Vaccination in Bombay 1874-1876 - 1874-1876
Year: 1874
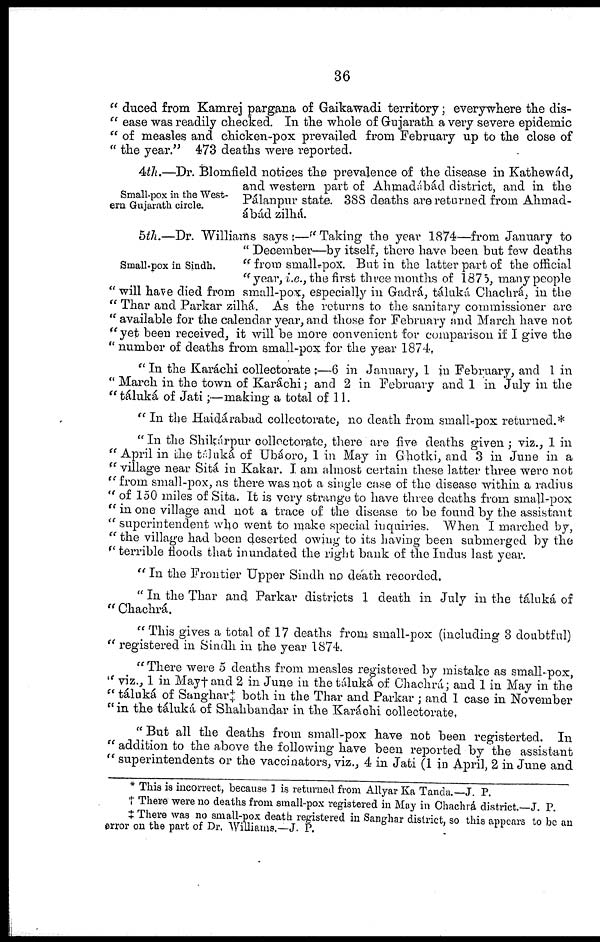
36
" duced from Kamrej pargana of Gaikawadi territory; everywhere the dis¬
" ease was readily checked. In the whole of Gujarath a very severe epidemic
" of measles and chicken-pox prevailed from February up to the close of
" the year." 473 deaths were reported.
Small-pox in the West-
ern Gujarath circle.
4th.—Dr. Blomfield notices the prevalence of the disease in Kathewád,
and western part of Ahmadábád district, and in the
Pálanpur state. 388 deaths are returned from Ahmad¬
ábád zilhá.
Small-pox in Sindh.
5th.—Dr. Williams says :—" Taking the year 1874—from January to
" December—by itself, there have been but few deaths
" from small-pox. But in the latter part of the official
" year, i.e., the first three months of 1875, many people
" will have died from small-pox, especially in Gadrá, táluká Chachrá, in the
" Thar and Parkar zilhá. As the returns to the sanitary commissioner are
" available for the calendar year, and those for February and March have not
"yet been received, it will be more convenient for comparison if I give the
" number of deaths from small-pox for the year 1874.
" In the Karáchi collectorate :—6 in January, 1 in February, and 1 in
" March in the town of Karáchi; and 2 in February and 1 in July in the
" táluká of Jati ;—making a total of 11.
" In the Haidárabad collectorate, no death from small-pox returned.*
" In the Shikárpur collectorate, there are five deaths given ; viz., 1 in
"April in the táluká of Ubáoro, 1 in May in Ghotki, and 3 in June in a
" village near Sitá in Kakar. I am almost certain these latter three were not
"from small-pox, as there was not a single case of the disease within a radius
" of 150 miles of Sita. It is very strange to have three deaths from small-pox
" in one village and not a trace of the disease to be found by the assistant
" superintendent who went to make special inquiries. When I marched by,
" the village had been deserted owing to its having been submerged by the
" terrible floods that inundated the right bank of the Indus last year.
" In the Frontier Upper Sindh no death recorded.
" In the Thar and Parkar districts 1 death in July in the táluká of
" Chachrá.
"This gives a total of 17 deaths from small-pox (including 3 doubtful)
" registered in Sindh in the year 1874.
" There were 5 deaths from measles registered by mistake as small-pox,
" viz., 1 in May†and 2 in June in the táluká of Chachrá; and 1 in May in the
" táluká of Sanghar‡ both in the Thar and Parkar ; and 1 case in November
" in the táluká of Shahbandar in the Karáchi collectorate,
"But all the deaths from small-pox have not been registerted. In
" addition to the above the following have been reported by the assistant
" superintendents or the vaccinators, viz., 4 in Jati (1 in April, 2 in June and
* This is incorrect, because 1 is returned from Allyar Ka Tanda.—J. P.
† There were no deaths from small-pox registered in May in Chachrá district.—J. P.
‡ There was no small-pox death registered in Sanghar district, so this appears to be an
error on the part of Dr. Williams.—J. P.